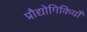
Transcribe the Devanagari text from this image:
प्रौद्योगिकियोँ